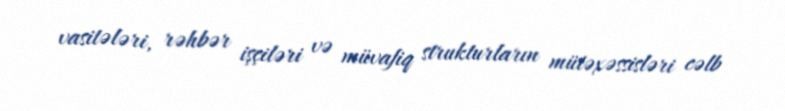
vasitələri, rəhbər işçiləri və müvafiq strukturların mütəxəssisləri cəlb